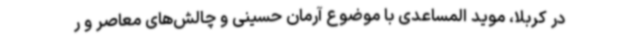
در کربلا، موید المساعدی با موضوع آرمان حسینی و چالش‌های معاصر و ر